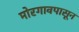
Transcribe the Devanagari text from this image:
मोरगावपासून